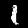
Digit: 1